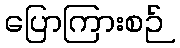
ပြောကြားစဉ်